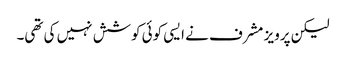
لیکن پرویز مشرف نے ایسی کوئی کوشش نہیں کی تھی۔